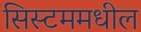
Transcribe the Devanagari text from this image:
सिस्टममधील